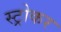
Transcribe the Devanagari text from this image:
स्ट्रोकर